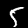
Digit: 5